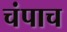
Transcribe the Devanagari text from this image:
चंपाच